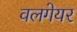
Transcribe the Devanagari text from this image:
वलगेयर